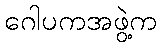
ဂေါပကအဖွဲ့က